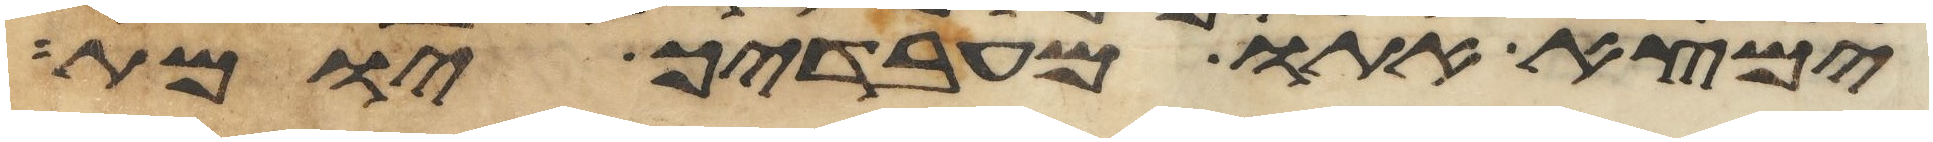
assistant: ימצא אתו מעבדיך יומת